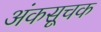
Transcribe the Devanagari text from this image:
अंकसूचक